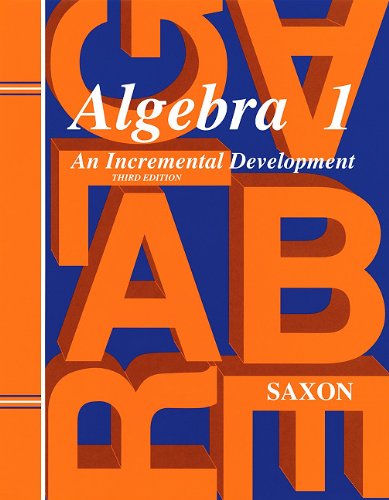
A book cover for Saxon Algebra 1: Solutions Manual Third Edition 1998; John H. Saxon Jr.; Teen & Young Adult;